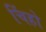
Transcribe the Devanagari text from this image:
चिंहो